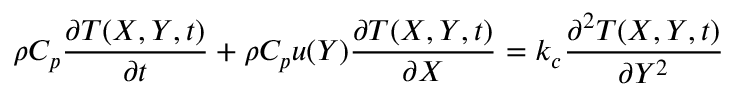
\rho C _ { p } \frac { \partial T ( X , Y , t ) } { \partial t } + \rho C _ { p } u ( Y ) \frac { \partial T ( X , Y , t ) } { \partial X } = k _ { c } \frac { \partial ^ { 2 } T ( X , Y , t ) } { \partial Y ^ { 2 } }